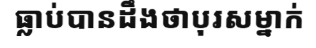
ធ្លាប់បានដឹងថាបុរសម្នាក់